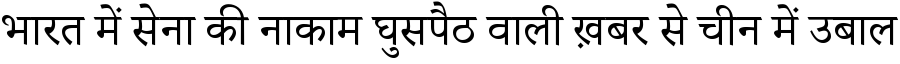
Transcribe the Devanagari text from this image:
भारत में सेना की नाकाम घुसपैठ वाली ख़बर से चीन में उबाल